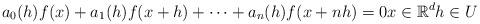
LaTeX: \begin{align*}a_0(h)f(x)+a_1(h)f(x+h)+\cdots +a_n(h)f(x+nh)=0 x\in\mathbb{R}^d h\in U \end{align*}